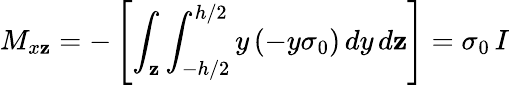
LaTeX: M_{x\mathbf{z}}=-\left[\int_{\mathbf{z}}\int_{-h/2}^{h/2}y\, (-y\sigma_{0})\, dy\, d\mathbf{z}\right]=\sigma_{0}\, I